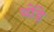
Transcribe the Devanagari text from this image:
थोंड़े